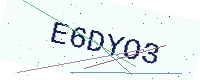
Text: E6DYO3